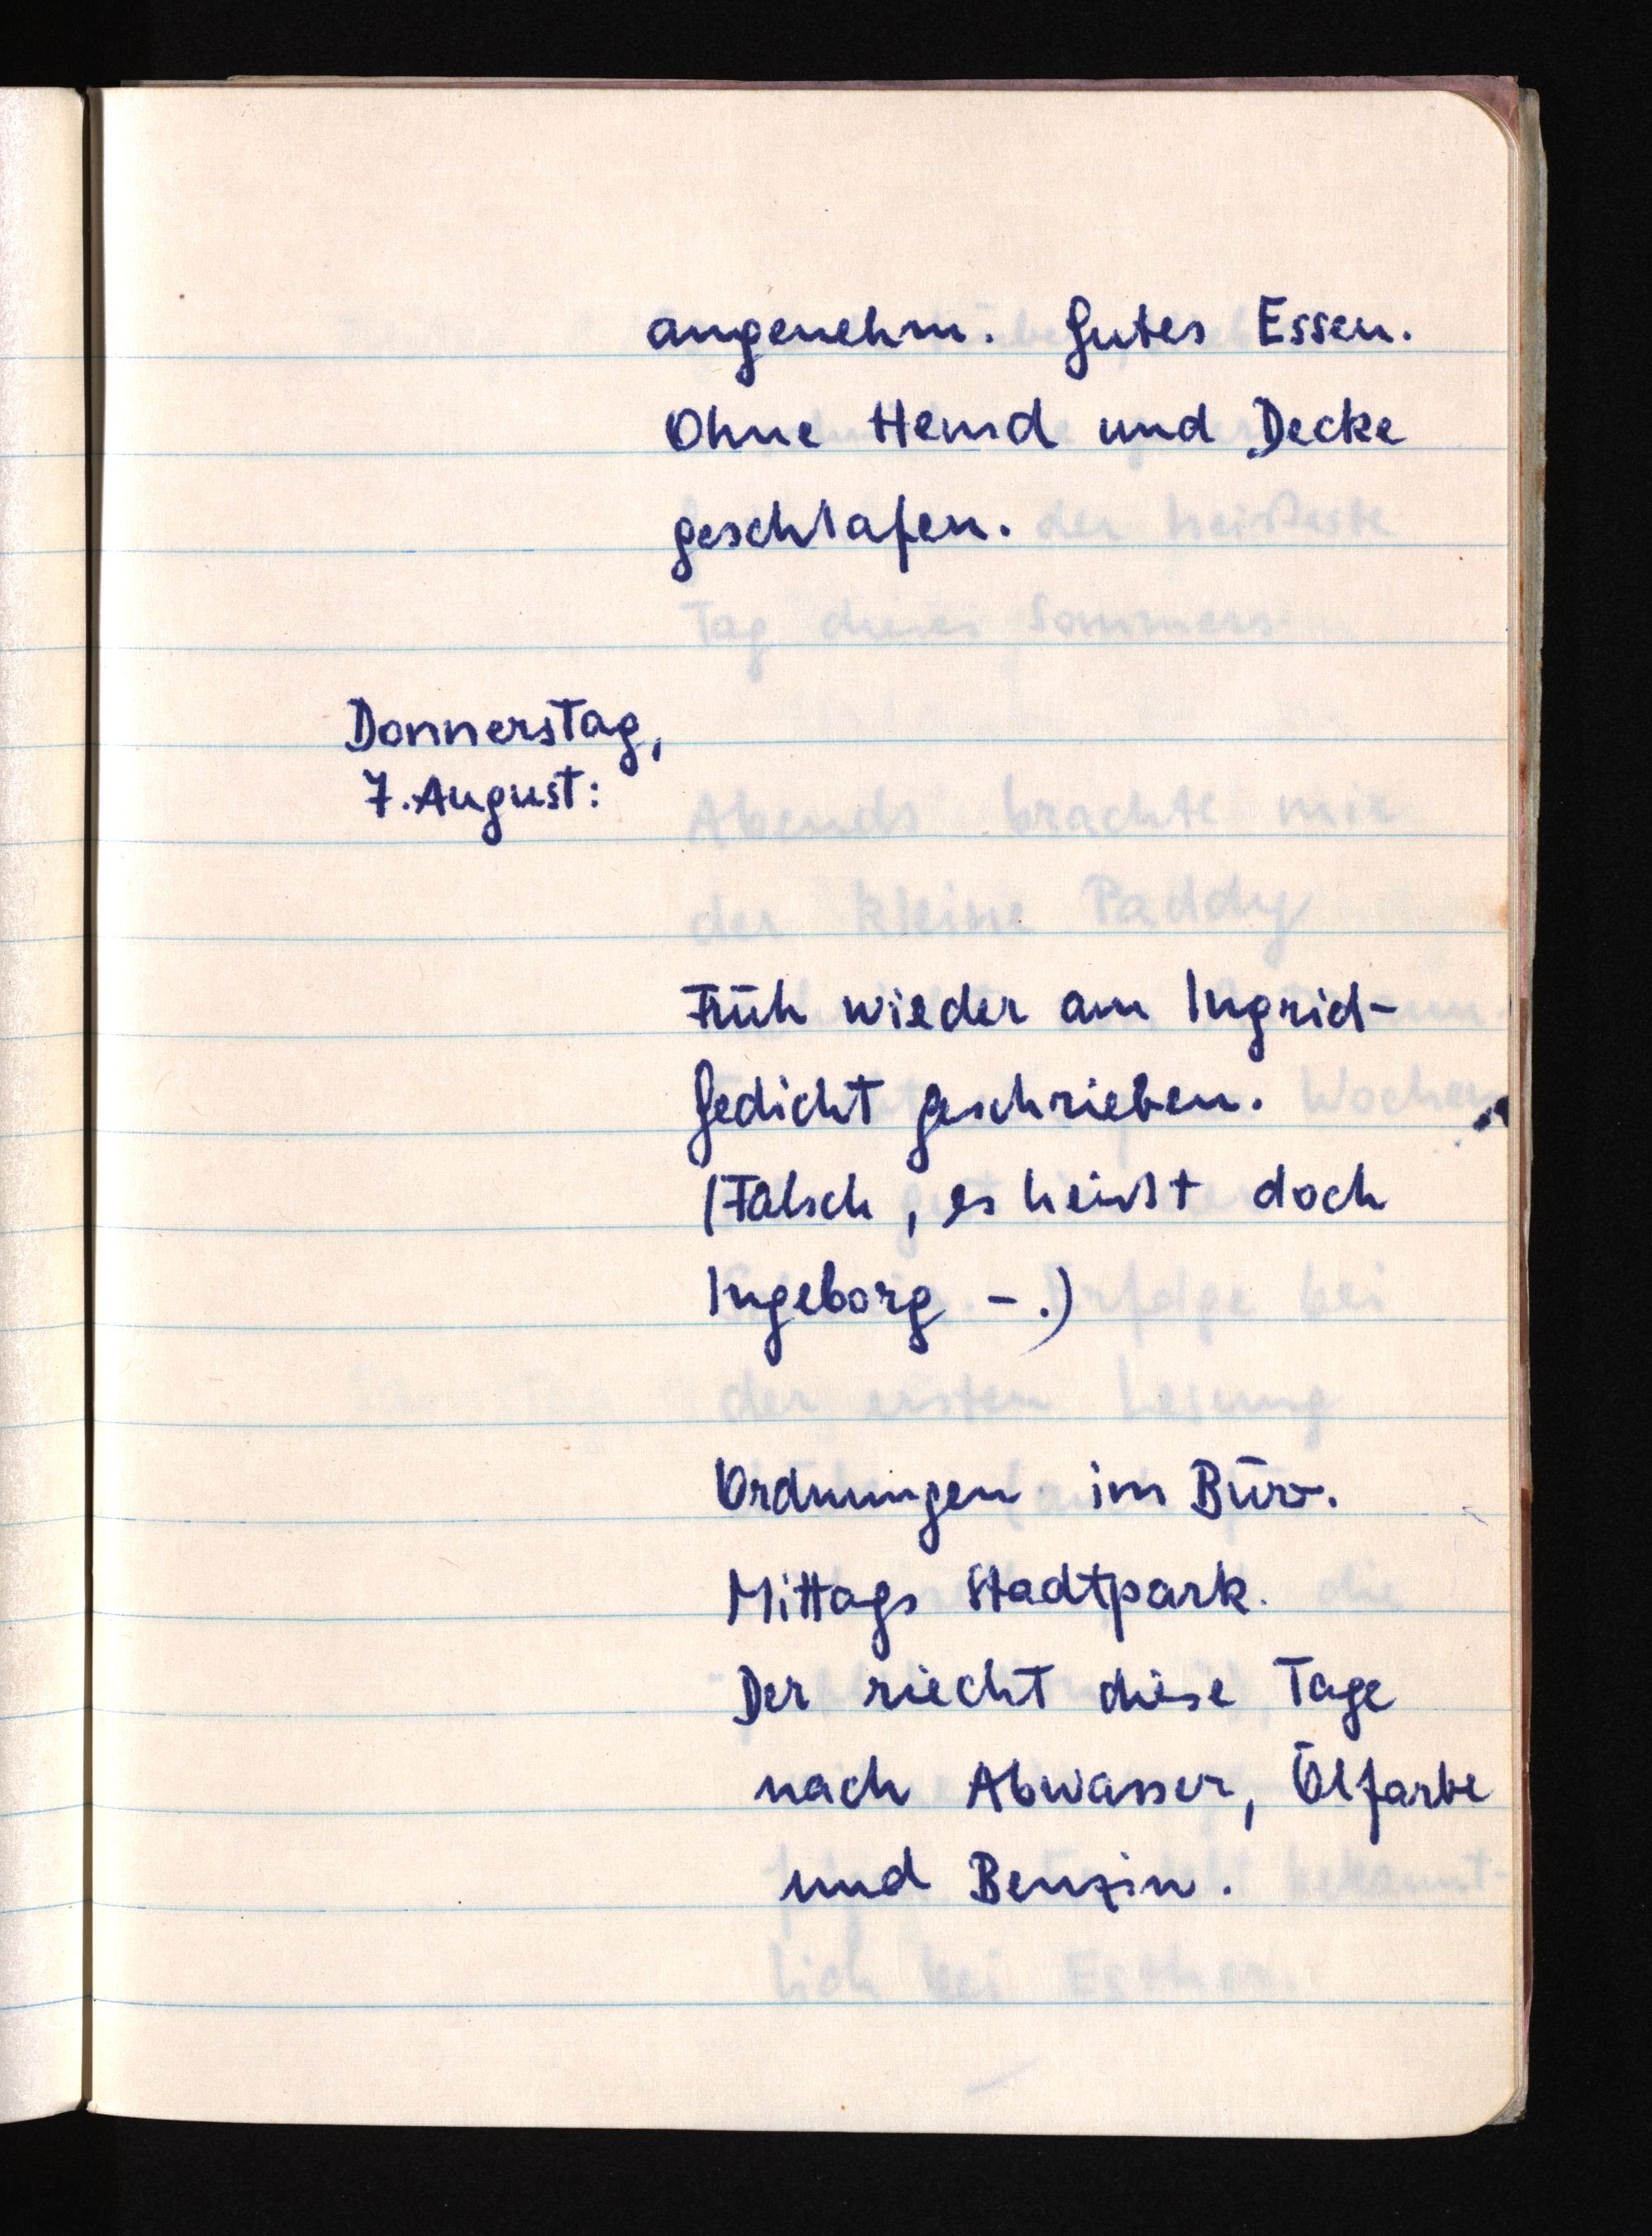
angenehm. Gutes Essen.
Ohne Hemd und Decke
geschlafen.
Donnerstag,
7. August:
Früh wieder am Ingrid-
Gedicht geschrieben.
(Falsch, es heißt doch
Ingeborg -.)
Ordnungen im Büro.
Mittags Stadtpark.
Der riecht diese Tage
nach Abwasser, Ölfarbe
und Benzin.